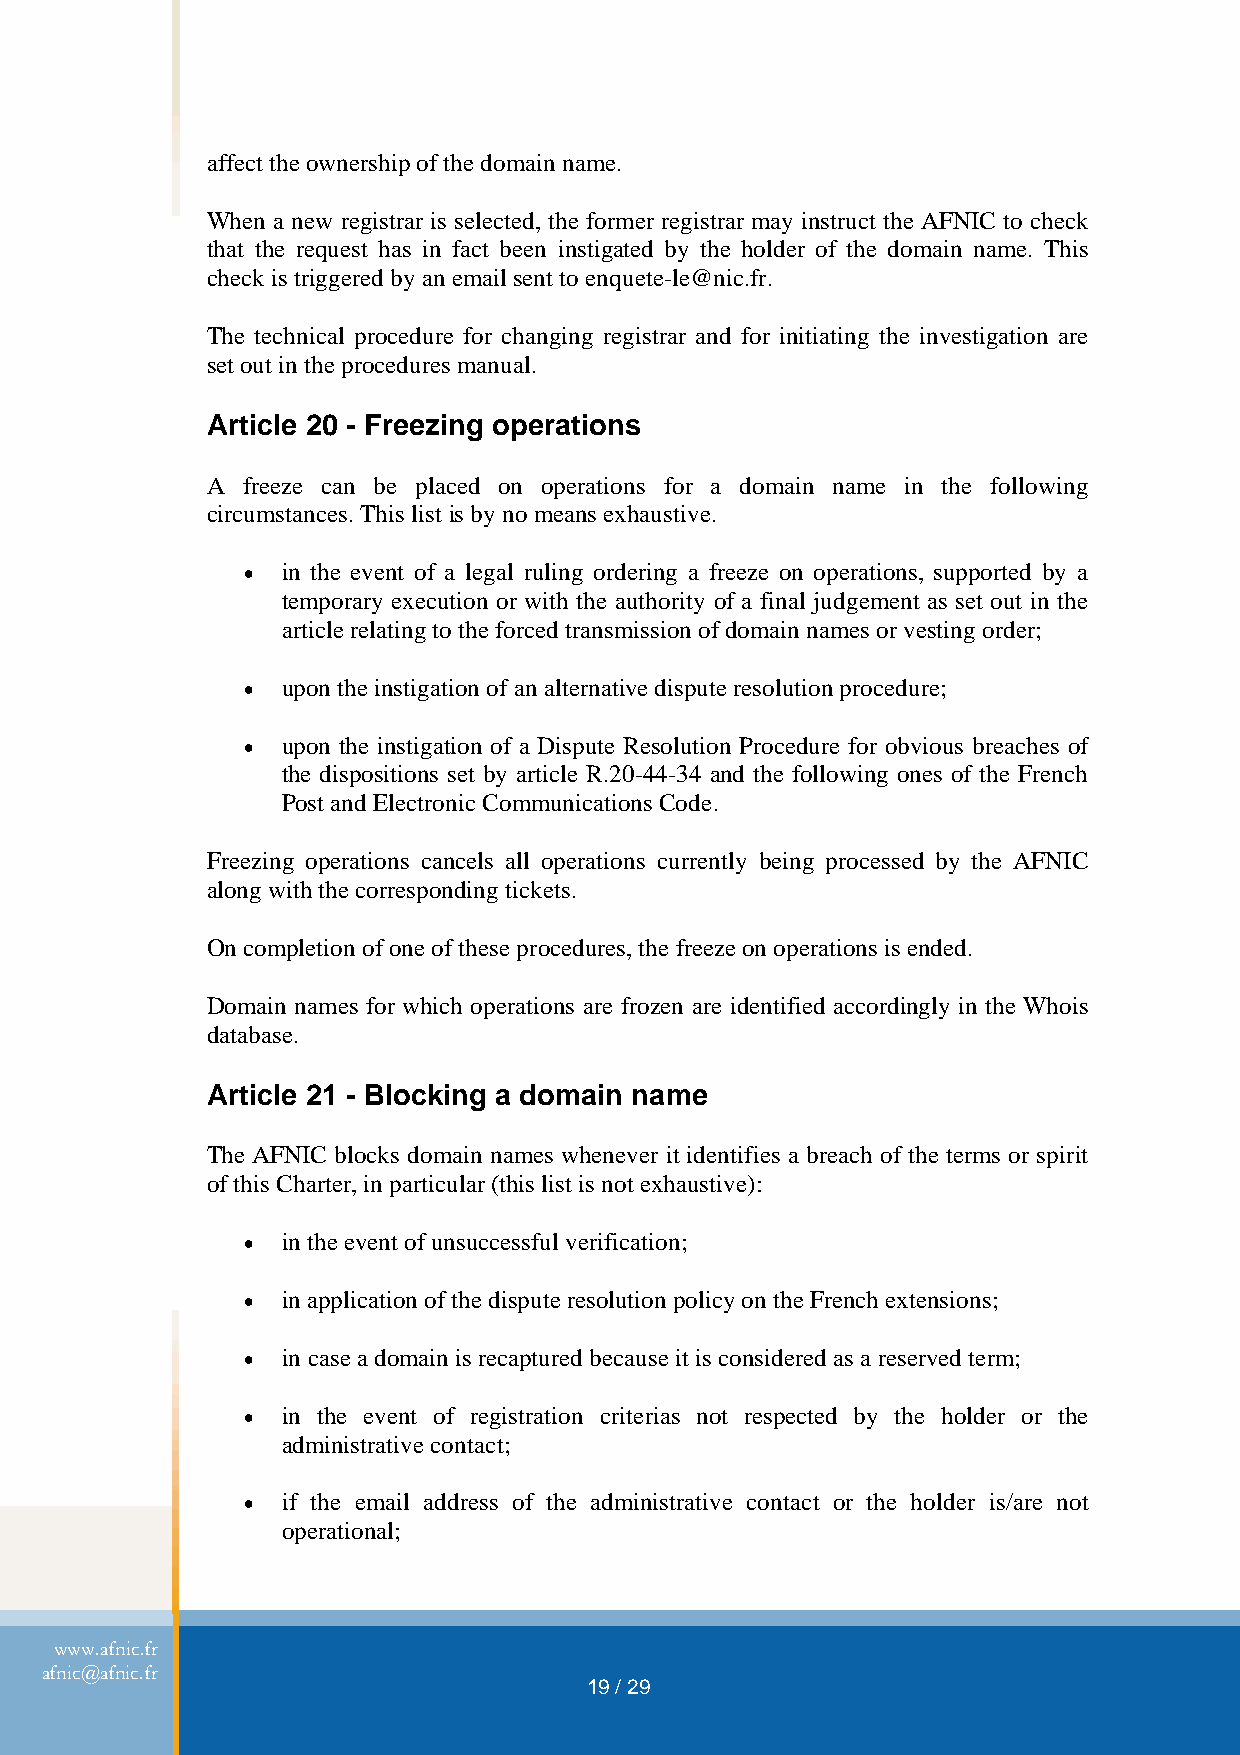
affect the ownership of the domain name.
 When a new registrar is selected, the former registrar may instruct the AFNIC to check
 that the request has in fact been instigated by the holder of the domain name. This
 check is triggered by an email sent to enquete-le@nic.fr.
 The technical procedure for changing registrar and for initiating the investigation are
 set out in the procedures manual.
 Article 20 - Freezing operations
 A freeze can be placed on operations for a domain name in the following
 circumstances. This list is by no means exhaustive.
 •  in the event of a legal ruling ordering a freeze on operations, supported by a
 temporary execution or with the authority of a final judgement as set out in the
 article relating to the forced transmission of domain names or vesting order;
 •  upon the instigation of an alternative dispute resolution procedure;
 •  upon the instigation of a Dispute Resolution Procedure for obvious breaches of
 the dispositions set by article R.20-44-34 and the following ones of the French
 Post and Electronic Communications Code.
 Freezing operations cancels all operations currently being processed by the AFNIC
 along with the corresponding tickets.
 On completion of one of these procedures, the freeze on operations is ended.
 Domain names for which operations are frozen are identified accordingly in the Whois
 database.
 Article 21 - Blocking a domain name
 The AFNIC blocks domain names whenever it identifies a breach of the terms or spirit
 of this Charter, in particular (this list is not exhaustive):
 •  in the event of unsuccessful verification;
 •  in application of the dispute resolution policy on the French extensions;
 •  in case a domain is recaptured because it is considered as a reserved term;
 •  in the event of registration criterias not respected by the holder or the
 administrative contact;
 •  if the email address of the administrative contact or the holder is/are not
 operational;
 www.afnic.fr
 afnic@afnic.fr
 19 / 29